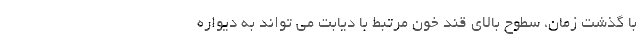
با گذشت زمان، سطوح بالای قند خون مرتبط با دیابت می تواند به دیواره